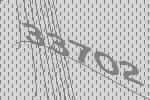
33702